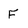
Character: F